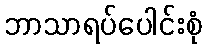
ဘာသာရပ်ပေါင်းစုံ